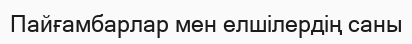
Пайғамбарлар мен елшілердің саны